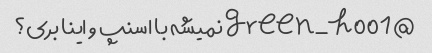
@green_h001 نمیشه با اسنپ و اینا بری؟